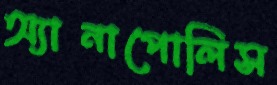
অ্যানাপোলিস